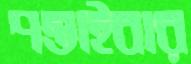
পস্তাইবার